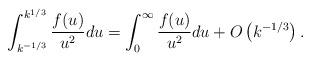
LaTeX: \begin{align*} \int_{k^{-1/3}}^{k^{1/3}}\frac{f(u)}{u^2}du= \int_0^{\infty} \frac{f(u)}{u^2}du +O\left(k^{-1/3}\right).\end{align*}